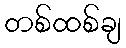
တစ်ထစ်ချ